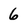
Character: 6